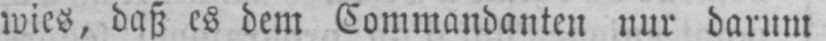
wies, daß es dem Commandanten nur darum